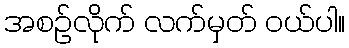
အစဉ်လိုက် လက်မှတ် ဝယ်ပါ။